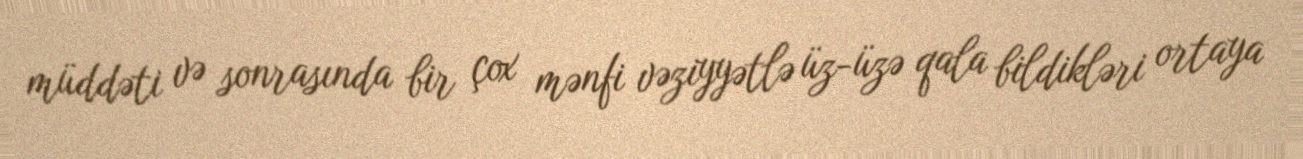
müddəti və sonrasında bir çox mənfi vəziyyətlə üz-üzə qala bildikləri ortaya